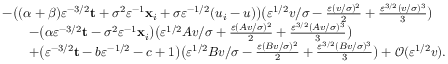
\begin{array} { r l } & { \textstyle - \big ( ( \alpha + \beta ) \varepsilon ^ { - 3 / 2 } \mathbf { t } + \sigma ^ { 2 } \varepsilon ^ { - 1 } \mathbf { x } _ { i } + \sigma \varepsilon ^ { - 1 / 2 } ( u _ { i } - u ) \big ) \big ( \varepsilon ^ { 1 / 2 } v / \sigma - \frac { \varepsilon ( v / \sigma ) ^ { 2 } } { 2 } + \frac { \varepsilon ^ { 3 / 2 } ( v / \sigma ) ^ { 3 } } { 3 } \big ) } \\ & { \textstyle \qquad - \big ( \alpha \varepsilon ^ { - 3 / 2 } \mathbf { t } - \sigma ^ { 2 } \varepsilon ^ { - 1 } \mathbf { x } _ { i } \big ) \big ( \varepsilon ^ { 1 / 2 } A v / \sigma + \frac { \varepsilon ( A v / \sigma ) ^ { 2 } } { 2 } + \frac { \varepsilon ^ { 3 / 2 } ( A v / \sigma ) ^ { 3 } } { 3 } \big ) } \\ & { \textstyle \qquad + \big ( \varepsilon ^ { - 3 / 2 } \mathbf { t } - b \varepsilon ^ { - 1 / 2 } - c + 1 \big ) \big ( \varepsilon ^ { 1 / 2 } B v / \sigma - \frac { \varepsilon ( B v / \sigma ) ^ { 2 } } { 2 } + \frac { \varepsilon ^ { 3 / 2 } ( B v / \sigma ) ^ { 3 } } { 3 } \big ) + \mathcal { O } ( \varepsilon ^ { 1 / 2 } v ) . } \end{array}